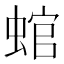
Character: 䗆